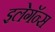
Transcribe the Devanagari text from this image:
इलेगॅन्स